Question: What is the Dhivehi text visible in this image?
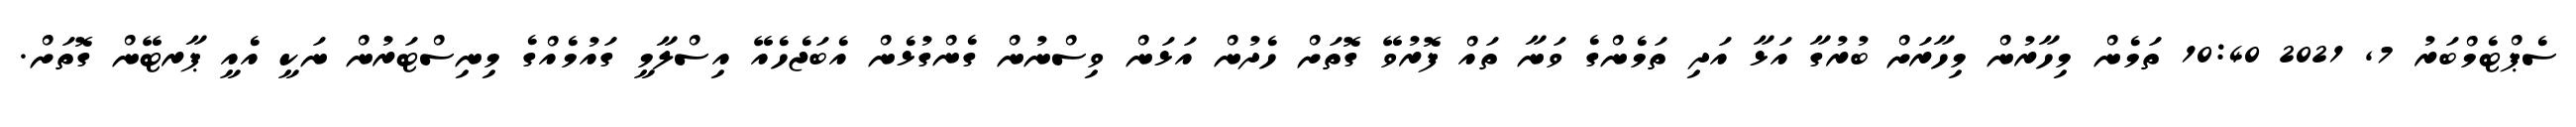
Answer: ސެޕްޓެމްބަރު 7, 2021 10:40 ތަމެން މިހާރުން މިހާރަށް ބުރުގާ އަޅާ އަދި ތަމެންގެ ވަނާ ތައް ފޮރުވޭ ގޮތަށް ހެދުން އަޅަން ވިސްނުން ގެންގުޅެން އެބަޖެހެއޭ އިސްލާމީ ގައުމެއްގެ މިނިސްޓަރުން ނަކީ އެއީ ޕާރޓޭން ގޮތަށް.